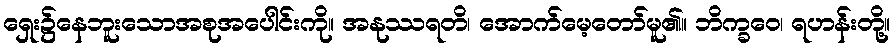
ရှေး၌နေဘူးသောအစုအပေါင်းကို။ အနုဿရတိ၊ အောက်မေ့တော်မူ၏။ ဘိက္ခဝေ၊ ရဟန်းတို့။